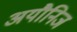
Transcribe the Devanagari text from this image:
अयौनिज